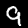
Label: 9